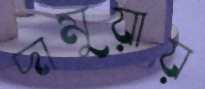
দামুয়ায়